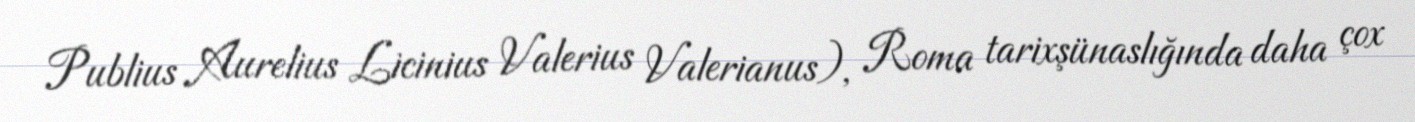
Publius Aurelius Licinius Valerius Valerianus), Roma tarixşünaslığında daha çox